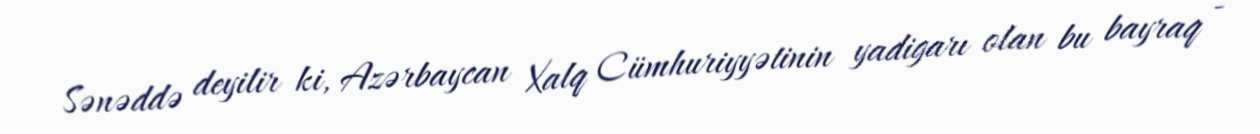
Sənəddə deyilir ki, Azərbaycan Xalq Cümhuriyyətinin yadigarı olan bu bayraq -